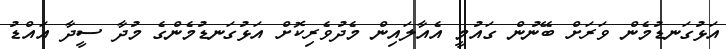
އަޅުގަނޑުމެން ވަރަށް ބޭނުން ގައުމީ އެއާލައިން މެދުވެރިކޮށް އަޅުގަނޑުމެންގެ މުދާ ސީދާ އައްޑު